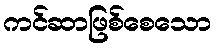
ကင်ဆာဖြစ်စေသော